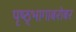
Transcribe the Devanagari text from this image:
पृष्ठ्भागाबरोबर